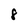
Character: 8